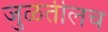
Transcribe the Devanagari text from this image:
जुळतीलच